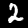
Label: 2